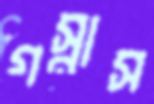
গস্নাস